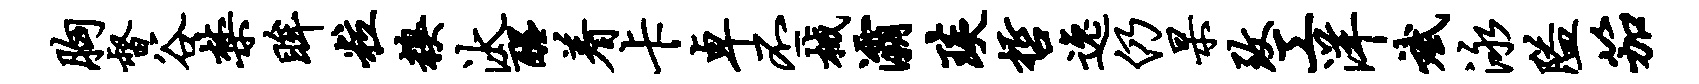
胸督谷禁眸粒糗汰醒着卡卓丕械灞琰哲逸仍杲致工洋斌泳隘笳